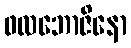
ဖလဘောဇိနော